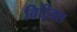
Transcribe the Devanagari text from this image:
बिट्रिक्स